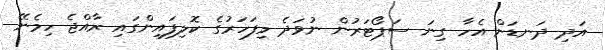
އަދި ދަނޑަށް އެހާ ގިނަ ސަޕޯޓަރުން ނުވަދެ މިފަހަރުގެ ކޮލިފައިންގައި ރާއްޖެ ހިމެނޭ